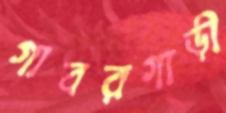
গাবরগাড়ী